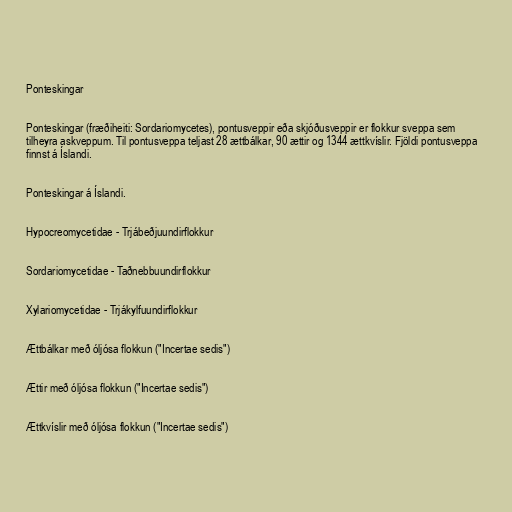
Ponteskingar

Ponteskingar (fræðiheiti: Sordariomycetes), pontusveppir eða skjóðusveppir er flokkur sveppa sem
tilheyra askveppum. Til pontusveppa teljast 28 ættbálkar, 90 ættir og 1344 ættkvíslir. Fjöldi pontusveppa
finnst á Íslandi.

Ponteskingar á Íslandi.

Hypocreomycetidae - Trjábeðjuundirflokkur

Sordariomycetidae - Taðnebbuundirflokkur

Xylariomycetidae - Trjákylfuundirflokkur

Ættbálkar með óljósa flokkun ("Incertae sedis")

Ættir með óljósa flokkun ("Incertae sedis")

Ættkvíslir með óljósa flokkun ("Incertae sedis")